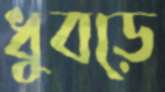
ধুবড়ে